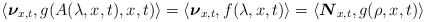
\begin{align*}\langle{\boldsymbol{\nu}}_{x,t},g(A(\lambda,x,t),x,t)\rangle=\langle{\boldsymbol{\nu}}_{x,t},f(\lambda,x,t)\rangle=\langle{\boldsymbol{N}}_{x,t},g(\rho,x,t)\rangle\end{align*}